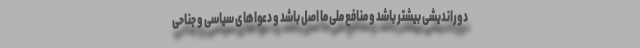
دوراندیشی بیشتر باشد و منافع ملی ما اصل باشد و دعواهای سیاسی و جناحی